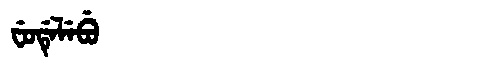
Manchu: ᠸᡠᡩᡝᠯᡝᠪᡠ
Romanization: FUDELEBU